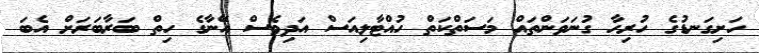
ހަށިގަނޑުގެ ހުރިހާ ގުނަވަންތައް މަސަތްކަތް ހުއްޓާލިއަސް އަދިވެސް އޭނާގެ ހިތް ބަރާބަރަށް އެބަ